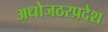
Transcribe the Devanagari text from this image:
अधोजठरप्रदेश